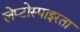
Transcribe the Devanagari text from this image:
लेप्टोस्पाइरता